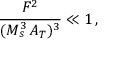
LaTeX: \frac { F ^ { 2 } } { ( M _ { s } ^ { 3 } \, A _ { T } ) ^ { 3 } } \ll 1 \, ,